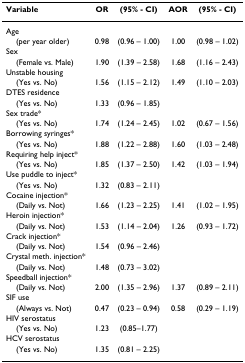
| Variable | OR | (95% - CI) | AOR | (95% - CI) |
 | --- | --- | --- | --- | --- |
 | Age |  |  |  |  |
 | (per year older) | 0.98 | (0.96 – 1.00) | 1.00 | (0.98 – 1.02) |
 | Sex |  |  |  |  |
 | (Female vs. Male) | 1.90 | (1.39 – 2.58) | 1.68 | (1.16 – 2.43) |
 | Unstable housing |  |  |  |  |
 | (Yes vs. No) | 1.56 | (1.15 – 2.12) | 1.49 | (1.10 – 2.03) |
 | DTES residence |  |  |  |  |
 | (Yes vs. No) | 1.33 | (0.96 – 1.85) |  |  |
 | Sex trade* |  |  |  |  |
 | (Yes vs. No) | 1.74 | (1.24 – 2.45) | 1.02 | (0.67 – 1.56) |
 | Borrowing syringes* |  |  |  |  |
 | (Yes vs. No) | 1.88 | (1.22 – 2.88) | 1.60 | (1.03 – 2.48) |
 | Requiring help inject* |  |  |  |  |
 | (Yes vs. No) | 1.85 | (1.37 – 2.50) | 1.42 | (1.03 – 1.94) |
 | Use puddle to inject* |  |  |  |  |
 | (Yes vs. No) | 1.32 | (0.83 – 2.11) |  |  |
 | Cocaine injection* |  |  |  |  |
 | (Daily vs. Not) | 1.66 | (1.23 – 2.25) | 1.41 | (1.02 – 1.95) |
 | Heroin injection* |  |  |  |  |
 | (Daily vs. Not) | 1.53 | (1.14 – 2.04) | 1.26 | (0.93 – 1.72) |
 | Crack injection* |  |  |  |  |
 | (Daily vs. Not) | 1.54 | (0.96 – 2.46) |  |  |
 | Crystal meth. injection* |  |  |  |  |
 | (Daily vs. Not) | 1.48 | (0.73 – 3.02) |  |  |
 | Speedball injection* |  |  |  |  |
 | (Daily vs. Not) | 2.00 | (1.35 – 2.96) | 1.37 | (0.89 – 2.11) |
 | SIF use |  |  |  |  |
 | (Always vs. Not) | 0.47 | (0.23 – 0.94) | 0.58 | (0.29 – 1.19) |
 | HIV serostatus |  |  |  |  |
 | (Yes vs. No) | 1.23 | (0.85–1.77) |  |  |
 | HCV serostatus |  |  |  |  |
 | (Yes vs. No) | 1.35 | (0.81 – 2.25) |  |  |